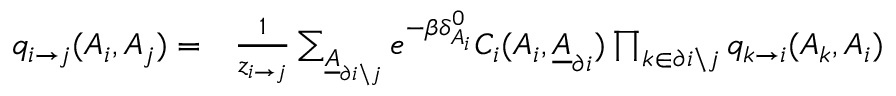
\begin{array} { r l } { q _ { i \rightarrow j } ( A _ { i } , A _ { j } ) = } & { { } \frac { 1 } { z _ { i \rightarrow j } } \sum _ { \underline { { A } } _ { \partial i \backslash j } } e ^ { - \beta \delta _ { A _ { i } } ^ { 0 } } C _ { i } ( A _ { i } , \underline { { A } } _ { \partial i } ) \prod _ { k \in \partial i \backslash j } q _ { k \rightarrow i } ( A _ { k } , A _ { i } ) } \end{array}